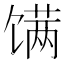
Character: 𬳏